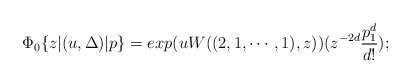
\begin{align*}\Phi_0\{z|(u,\Delta)|p\}=exp(uW((2,1,\cdots,1),z))(z^{-2d}\frac{p_1^d}{d!});\end{align*}